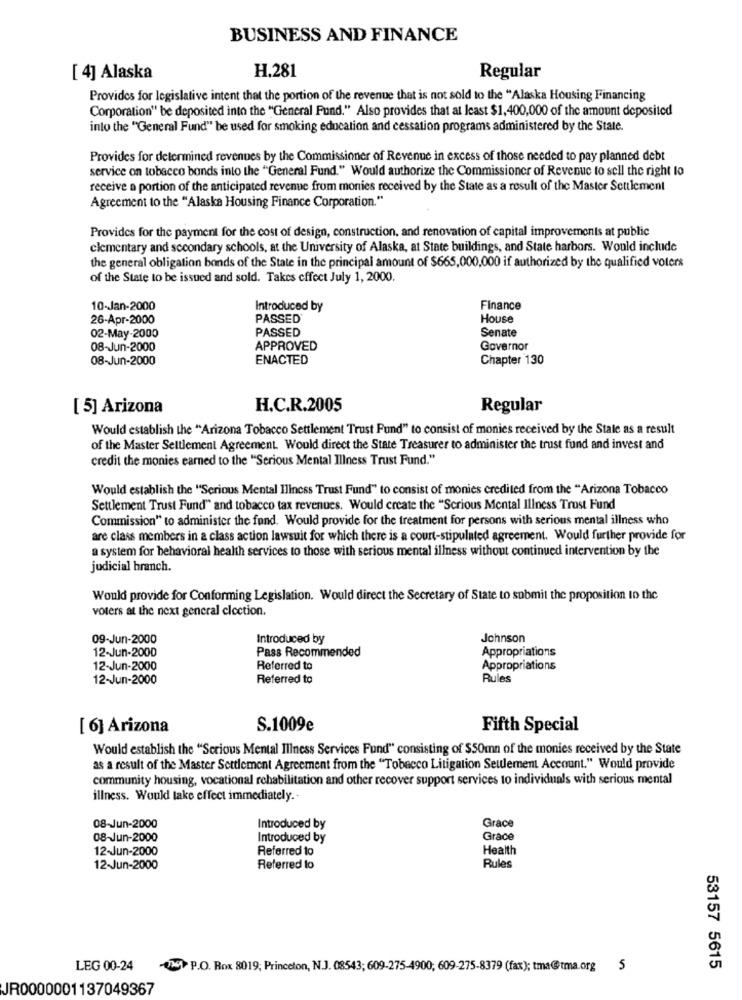
BUSINESS AND FINANCE
H.281
[ 4] Alaska
Regular
Provides for legislative intent that the portion of the revenue that is not sold to the "Alaska Housing Financing
Corporation" be deposited into the "General Fund." Also provides that at least $1,400,000 of the amount deposited
into the "General Fund" be used for smoking education and cessation programs administered by the State.
Provides for determined revenues by the Commissioner of Revenue in excess of those needed to pay planned debt
service on tobacco bonds into the "General Fund." Would authorize the Commissioner of Revenue to sell the right to
receive a portion of the anticipated revenue from monies received by the State as a result of the Master Settlement
Agreement to the "Alaska Housing Finance Corporation."
Provides for the payment for the cost of design, construction, and renovation of capital improvements at public
clementary and secondary schools, at the University of Alaska, at State buildings, and State harbors. Would include
the general obligation bonds of the State in the principal amount of $665,000,000 if authorized by the qualified voters
of the State to be issued and sold. Takes effect July 1, 2000.
10-Jan-2000
Introduced by
Finance
26-Apr-2000
PASSED*
House
PASSED
02-May-2000
Senate
08-Jun-2000
APPROVED
Governor
08-Jun-2000
ENACTED
Chapter 130
[ 5] Arizona
H.C.R.2005
Regular
Would establish the "Arizona Tobacco Settlement Trust Pund" to consist of monies received by the Stale as a result
of the Master Settlement Agreement. Would direct the State Treasurer to administer the trust fund and invest and
credit the monies earned to the "Serious Mental Illness Trust Fund."
Would establish the "Serious Mental Illness Trust Fund" to consist of monies credited from the "Arizona Tobacco
Settlement Trust Fund" and tobacco tax revenues. Would create the "Serious Mental Illness Trust Fund
Commission" to administer the fund. Would provide for the treatment for persons with serious mental illness who
are class members in a class action lawsuit for which there is a court-stipulated agreement. Would further provide for
a system for behavioral health services to those with serious mental illness without continued intervention by the
judicial branch.
Would provide for Conforming Legislation. Would direct the Secretary of State to submit the proposition to the
voters at the next general election.
09-Jun-2000
Introduced by
Johnson
12-Jun-2000
Pass Recommended
Appropriations
12-Jun-2000
Referred to
Appropriations
12-Jun-2000
Referred to
Rules
[ 6] Arizona
S.1009e
Fifth Special
Would establish the "Serious Mental Illness Services Fund" consisting of $50mn of the monies received by the State
as a result of the Master Settlement Agreement from the "Tobeeco Litigation Seulement Account." Would provide
community housing, vocational rehabilitation and other recover support services to individuals with serious mental
illness. Would take effect immediately ..
08-Jun-2000
Introduced by
Grace
08-Jun-2000
Introduced by
Grace
12-Jun-2000
Referred to
Health
12-Jun-2000
Referred to
Rules
LEG 00-24
P.O. Box 8019; Princeton, N.J. 08543; 609-275-4900; 609-275-8379 (fax); tma@tma.org 5
53157 5615
JR0000001137049367